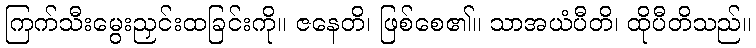
ကြက်သီးမွေးညှင်းထခြင်းကို။ ဇနေတိ၊ ဖြစ်စေ၏။ သာအယံပီတိ၊ ထိုပီတိသည်။